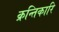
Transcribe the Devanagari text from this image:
क्रन्तिकारि